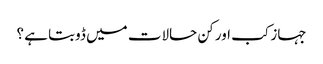
جہاز کب اور کن حالات میں ڈوبتا ہے ؟